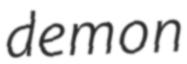
demon